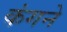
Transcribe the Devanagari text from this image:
कंगने